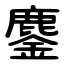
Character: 鏖